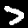
Label: 7